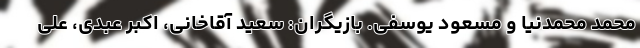
محمد محمدنیا و مسعود یوسفی. بازیگران: سعید آقاخانی، اکبر عبدی، علی